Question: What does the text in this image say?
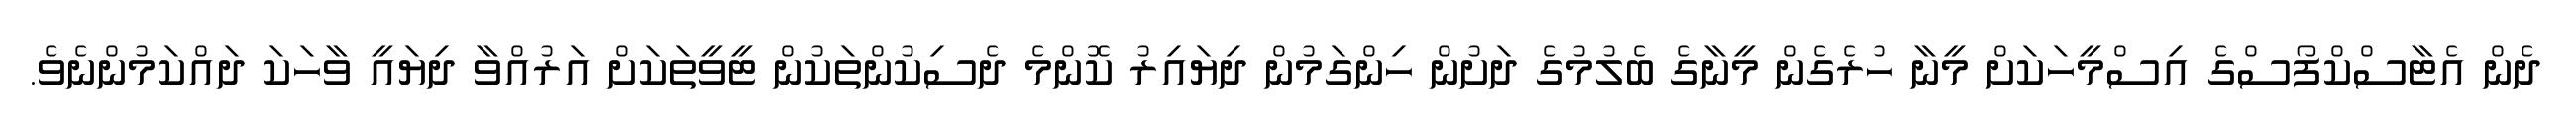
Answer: ދެން އެޓާސްކްފޯސްގެ އިސްމީހަކަށް މީނާ ހުރެގެން މީނާގެ ބެލުމުގެ ދަށުން ހިންގަމުން ދިޔައިރު ކޮންމެ ދެސިކުންތަކުން ޓީވީތަކަށް އަރުއްވާ ދިޔައީ ވާހަކަ ދައްކަމުންނެވެ.